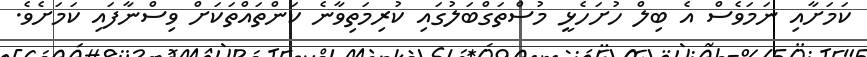
ކަމަށާއި ނަމަވެސް އެ ބިލް ހުށަހެޅީ މުސްތަގްބަލުގައި ކުރިމަތިވާނެ ކަންތައްތަކަށް ވިސްނާފައި ކަމަށެވެ.